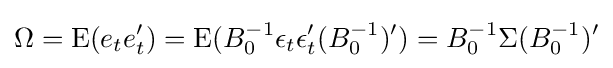
\Omega =\mathrm {E} (e_{t}e_{t}')=\mathrm {E} (B_{0}^{-1}\epsilon _{t}\epsilon _{t}'(B_{0}^{-1})')=B_{0}^{-1}\Sigma (B_{0}^{-1})'